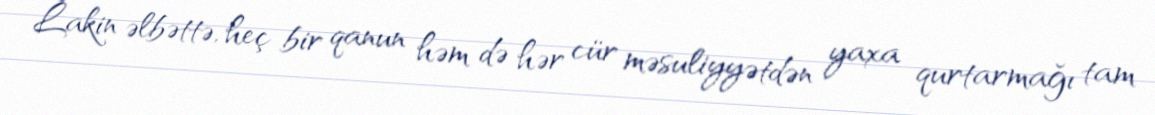
Lakin əlbəttə, heç bir qanun həm də hər cür məsuliyyətdən yaxa qurtarmağı tam